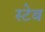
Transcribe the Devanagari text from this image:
स्टेब